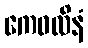
ကေဝလိနံ